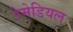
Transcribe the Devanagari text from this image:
रेमेडियल